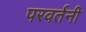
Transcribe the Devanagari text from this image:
परवर्तनी